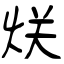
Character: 烪